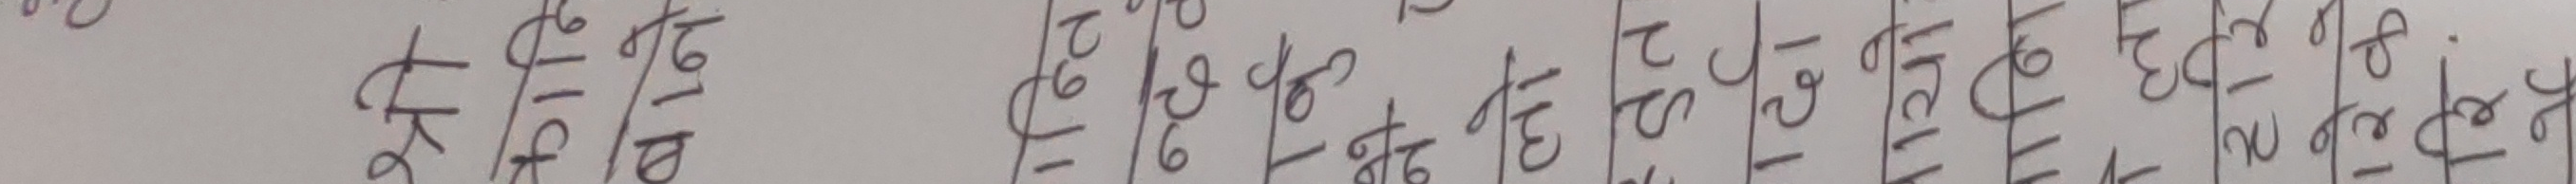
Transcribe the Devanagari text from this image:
११ १२ १३ १४ १५ १६ १७ १८ १९ २०